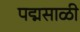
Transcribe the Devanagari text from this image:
पद्मसाळी